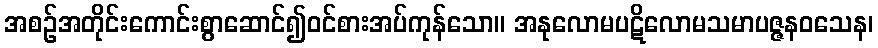
အစဉ်အတိုင်းကောင်းစွာဆောင်၍ဝင်စားအပ်ကုန်သော။ အနုလောမပဋိလောမသမာပဇ္ဇနဝသေန၊